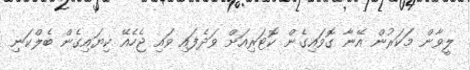
ލީވާން މަކަރުން އޭނާ ގޮވައިގެން ކޮޓަރިއަށް ވަދެފައި ވައި ޖެހެއޭ ކިޔައިގެން ބެލްކަނި